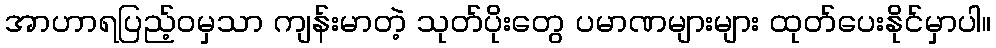
အာဟာရပြည့်ဝမှသာ ကျန်းမာတဲ့ သုတ်ပိုးတွေ ပမာဏများများ ထုတ်ပေးနိုင်မှာပါ။